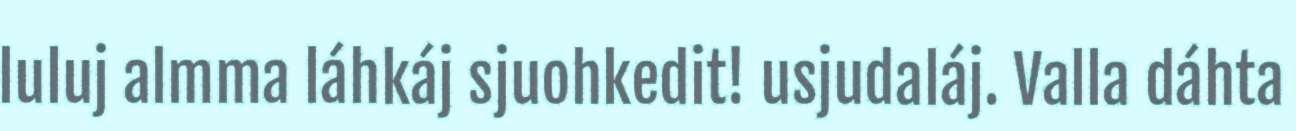
luluj almma láhkáj sjuohkedit! usjudaláj. Valla dáhta